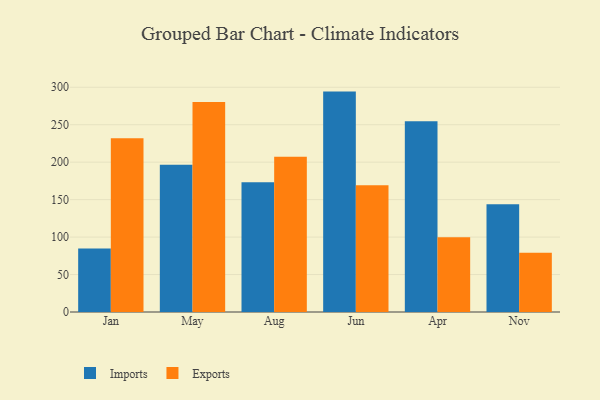
{"axis": {"x": "Month", "y": "Conversion Rate (%)"}, "legend": ["Exports", "Imports"], "data": [{"x": "Jan", "y": 84.6, "type": "Imports"}, {"x": "Jan", "y": 232.0, "type": "Exports"}, {"x": "May", "y": 196.7, "type": "Imports"}, {"x": "May", "y": 280.4, "type": "Exports"}, {"x": "Aug", "y": 173.3, "type": "Imports"}, {"x": "Aug", "y": 207.2, "type": "Exports"}, {"x": "Jun", "y": 294.2, "type": "Imports"}, {"x": "Jun", "y": 169.3, "type": "Exports"}, {"x": "Apr", "y": 254.6, "type": "Imports"}, {"x": "Apr", "y": 99.7, "type": "Exports"}, {"x": "Nov", "y": 143.8, "type": "Imports"}, {"x": "Nov", "y": 79.2, "type": "Exports"}]}